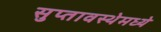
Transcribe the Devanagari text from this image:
सुप्‍तावस्थेमध्ये